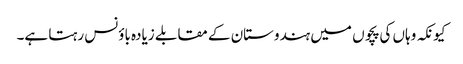
کیونکہ وہاں کی پچوں میں ہندوستان کے مقابلے زیادہ باؤنس رہتا ہے۔